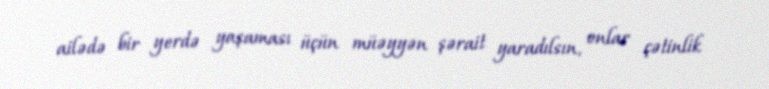
ailədə bir yerdə yaşaması üçün müəyyən şərait yaradılsın, onlar çətinlik